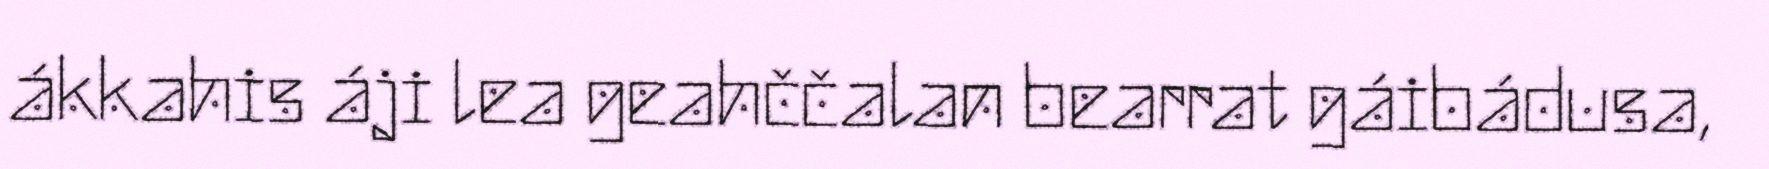
ákkahis áji lea geahččalan bearrat gáibádusa,